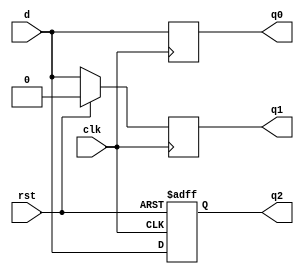
// Different DFF

module day2 (clk,rst,d,q0,q1,q2);
  input     wire     clk;
  input     wire      rst;

  input     wire      d;

  output    reg      q0;
  output    reg      q1;
  output    reg      q2;


  //no rst
  always @(posedge clk)begin
    q0 <= d;
  end
  // Sync rst
  always @(posedge clk)begin
    if (rst)
      q1 <= 1'b0;
    else
      q1 <= d;
  end
  //async rst
  always @(posedge clk or posedge rst)begin
    if (rst)
      q2 <= 1'b0;
    else
      q2 <= d;
  end
endmodule